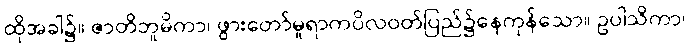
ထိုအခါ၌။ ဇာတိဘူမိကာ၊ ဖွားတော်မူရာကပိလဝတ်ပြည်၌နေကုန်သော။ ဥပါသိကာ၊